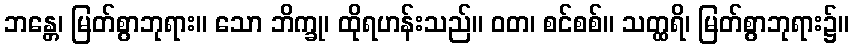
ဘန္တေ၊ မြတ်စွာဘုရား။ သော ဘိက္ခု၊ ထိုရဟန်းသည်။ ဝတ၊ စင်စစ်။ သတ္ထရိ၊ မြတ်စွာဘုရား၌။